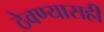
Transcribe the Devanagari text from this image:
ठेवण्यासही